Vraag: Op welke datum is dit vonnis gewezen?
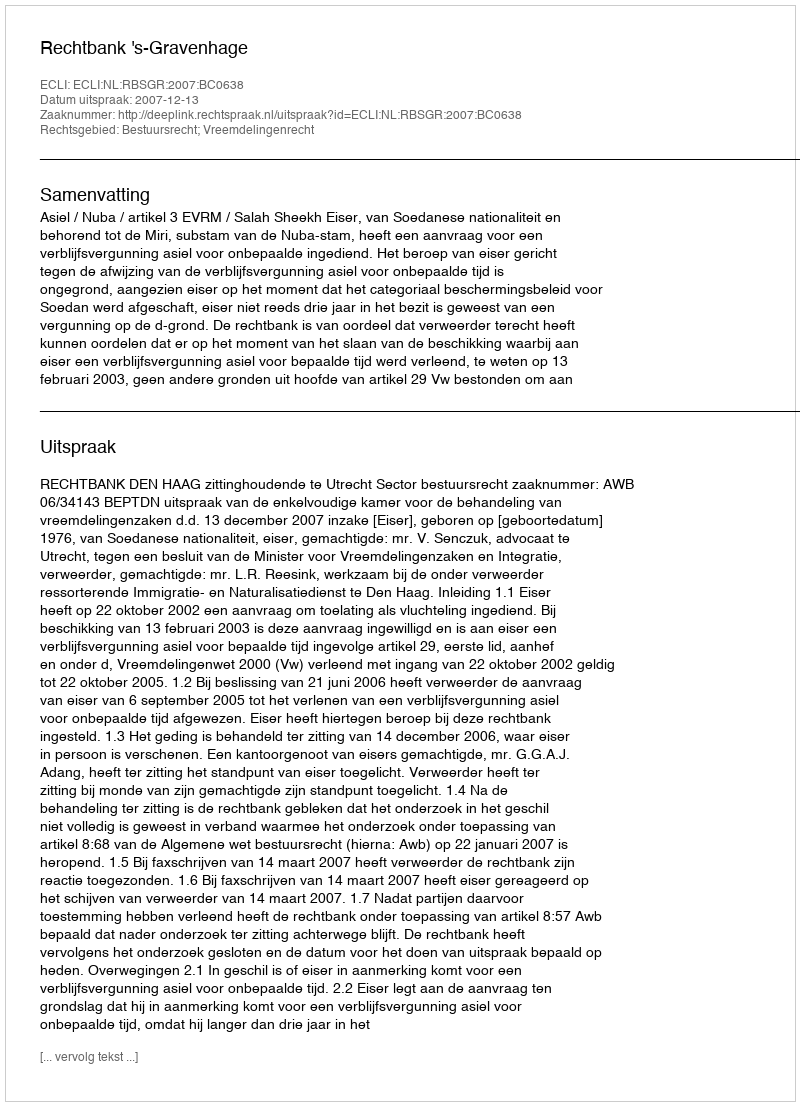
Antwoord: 2007-12-13